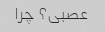
عصبی؟ چرا